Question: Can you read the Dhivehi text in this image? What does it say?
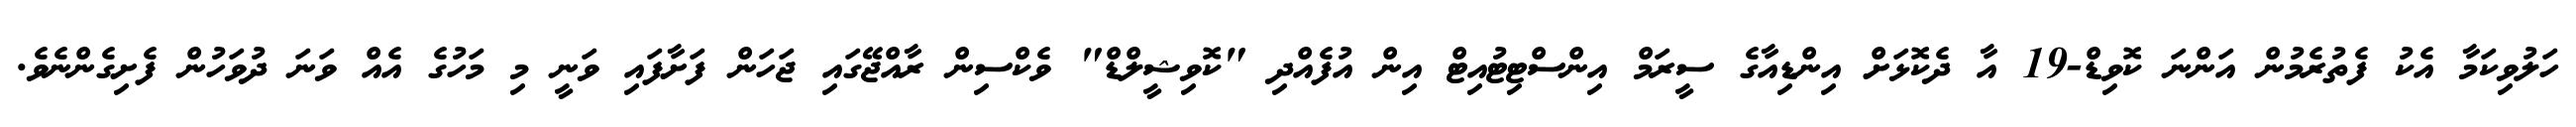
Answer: ހަލުވިކަމާ އެކު ފެތުރެމުން އަންނަ ކޮވިޑް-19 އާ ދެކޮޅަށް އިންޑިއާގެ ސީރަމް އިންސްޓިޓުއިޓް އިން އުފެއްދި "ކޮވިޝީލްޑް" ވެކްސިން ރާއްޖޭގައި ޖަހަން ފަށާފައި ވަނީ މި މަހުގެ އެއް ވަނަ ދުވަހުން ފެށިގެންނެވެ.